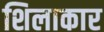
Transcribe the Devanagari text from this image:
शिलाकार